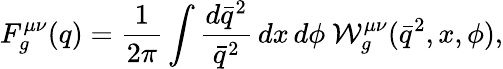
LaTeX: F_{g}^{\mu\nu}(q)={\frac{1}{2\pi}}\int{\frac{d\bar{q}^{2}}{\bar{q}^{2}}}\, dx\, d\phi\ {\cal W}_{g}^{\mu\nu}(\bar{q}^{2},x,\phi),